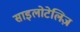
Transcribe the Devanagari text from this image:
साइलोटेलिज़